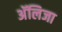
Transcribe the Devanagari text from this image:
अॅलिजा